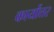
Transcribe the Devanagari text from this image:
कार्योत्तर